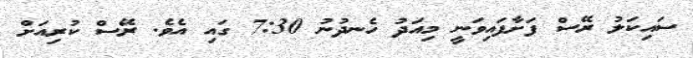
ސައިކަލު ރޭސް ފަށާފައިވަނީ މިއަދު ހެނދުނު 7:30 ގައި އެވެ. ރޭސް ކުރިއަށް